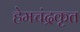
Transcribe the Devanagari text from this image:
हेमचंद्रकृत